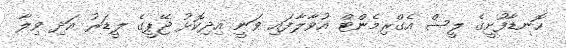
ހޮނޑާފުށީގެ ލީސް އެގްރިމެންޓް އުވާލާފައި ވަނީ އިދިކޮޅު ޖޭޕީގެ ލީޑަރު އަދި ވިލާ